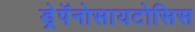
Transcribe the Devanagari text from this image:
ड्रेपॅनोसायटोसिस